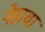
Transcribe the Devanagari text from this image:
नेहाचा